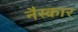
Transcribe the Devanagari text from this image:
नैस्कार